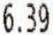
6.39